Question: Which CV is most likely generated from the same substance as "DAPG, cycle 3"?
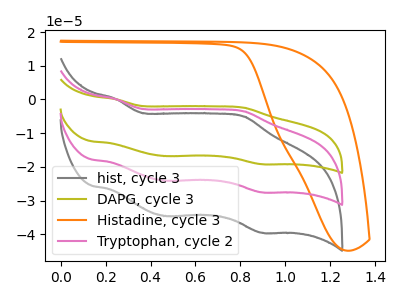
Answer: <think>The gray curve "hist, cycle 3" has anodic peaks at (0.25V, 0.15uA) (0.80V, -5.05uA) and cathodic peaks at (0.45V, -34.60uA) (0.90V, -39.50uA). The olive curve "DAPG, cycle 3" has anodic peaks at (0.25V, 0.15uA) (0.80V, -7.05uA) and cathodic peaks at (0.45V, -48.20uA) (0.90V, -55.05uA). The orange curve "Histadine, cycle 3" has no peaks. The pink curve "Tryptophan, cycle 2" has anodic peaks at (0.25V, 0.10uA) (0.80V, -3.50uA) and cathodic peaks at (0.45V, -24.10uA) (0.90V, -27.55uA).
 All the peaks in "hist, cycle 3" have a peak in "DAPG, cycle 3" at the same potential. "hist, cycle 3" and "Histadine, cycle 3" have a different number of peaks. All the peaks in "hist, cycle 3" have a peak in "Tryptophan, cycle 2" at the same potential. "DAPG, cycle 3" and "Histadine, cycle 3" have a different number of peaks. All the peaks in "DAPG, cycle 3" have a peak in "Tryptophan, cycle 2" at the same potential. "Histadine, cycle 3" and "Tryptophan, cycle 2" have a different number of peaks.</think>
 <answer>"DAPG, cycle 3" and "Tryptophan, cycle 2" have a similar shape to "hist, cycle 3".</answer>
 <eval>"DAPG, cycle 3" "Tryptophan, cycle 2"</eval>